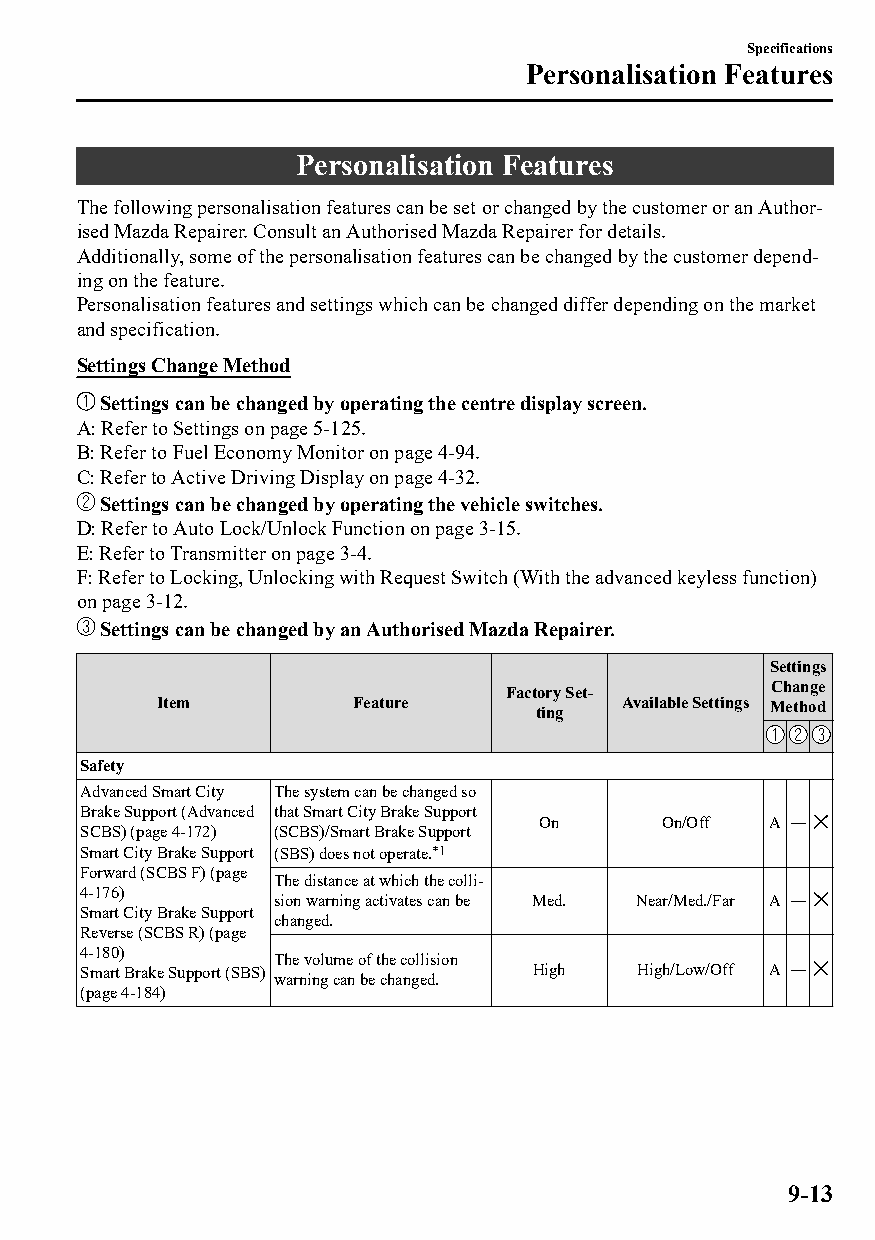
Specifications
 Personalisation Features
 Personalisation Features
 The following personalisation features can be set or changed by the customer or an Author‐
 ised Mazda Repairer. Consult an Authorised Mazda Repairer for details.
 Additionally, some of the personalisation features can be changed by the customer depend‐
 ing on the feature.
 Personalisation features and settings which can be changed differ depending on the market
 and specification.
 Settings Change Method
 Settings can be changed by operating the centre display screen.
 A: Refer to Settings on page 5-125.
 B: Refer to Fuel Economy Monitor on page 4-94.
 C: Refer to Active Driving Display on page 4-32.
 Settings can be changed by operating the vehicle switches.
 D: Refer to Auto Lock/Unlock Function on page 3-15.
 E: Refer to Transmitter on page 3-4.
 F: Refer to Locking, Unlocking with Request Switch (With the advanced keyless function)
 on page 3-12.
 Settings can be changed by an Authorised Mazda Repairer.
 Settings
 Factory Set‐      Change
 Item         Feature     ting  Available Settings Method
 Safety
 Advanced Smart City The system can be changed so
 Brake Support (Advanced that Smart City Brake Support
 On       On/Off A ―
 SCBS) (page 4-172) (SCBS)/Smart Brake Support
 Smart City Brake Support (SBS) does not operate.*1
 Forward (SCBS F) (page
 The distance at which the colli‐
 4-176)
 sion warning activates can be Med. Near/Med./Far A ―
 Smart City Brake Support
 changed.
 Reverse (SCBS R) (page
 4-180)
 The volume of the collision
 Smart Brake Support (SBS)     High   High/Low/Off A ―
 warning can be changed.
 (page 4-184)
 9-13
 CX-3_8GT4-EE-18D_Edition4                  2018-9-6 18:32:19